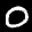
Label: 0